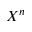
X ^ { n }